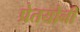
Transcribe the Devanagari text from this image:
प्रेतयोनी